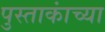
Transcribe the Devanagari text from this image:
पुस्ताकांच्या